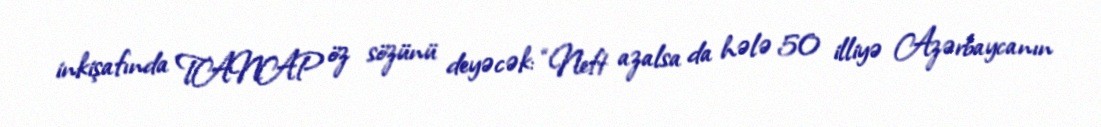
inkişafında TANAP öz sözünü deyəcək: “Neft azalsa da hələ 50 illiyə Azərbaycanın